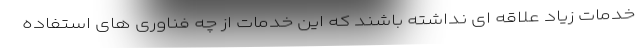
خدمات زیاد علاقه ای نداشته باشند که این خدمات از چه فناوری های استفاده